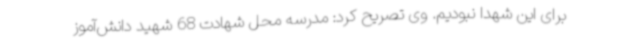
برای این شهدا نبودیم. وی تصریح کرد: مدرسه محل شهادت 68 شهید دانش‌آموز